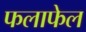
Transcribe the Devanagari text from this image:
फलाफेल